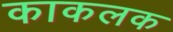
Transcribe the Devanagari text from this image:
काकलक